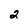
Character: 2